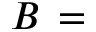
B \, =